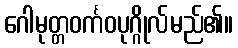
ဂေါမုတ္တဝင်္ကဝပုဂ္ဂိုလ်မည်၏။